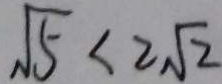
\sqrt { 5 } < 2 \sqrt { 2 }